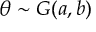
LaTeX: \theta \sim G ( a , b )